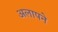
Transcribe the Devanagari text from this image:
अलापने